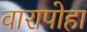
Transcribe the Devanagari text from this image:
वारापोहा